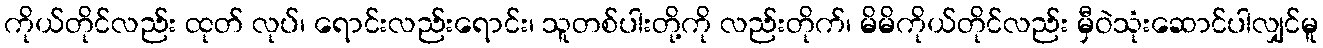
ကိုယ်တိုင်လည်း ထုတ် လုပ်၊ ရောင်းလည်းရောင်း၊ သူတစ်ပါးတို့ကို လည်းတိုက်၊ မိမိကိုယ်တိုင်လည်း မှီဝဲသုံးဆောင်ပါလျှင်မူ